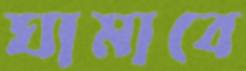
ঘামাবে